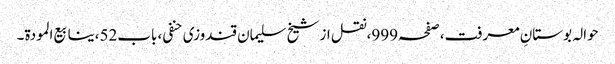
حوالہ بوستانِ معرفت،صفحہ999،نقل از شیخ سلیمان قندوزی حنفی، باب52،ینابیع المودة۔